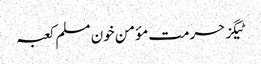
ٹیگزحرمت مؤمن خون مسلم کعبہ